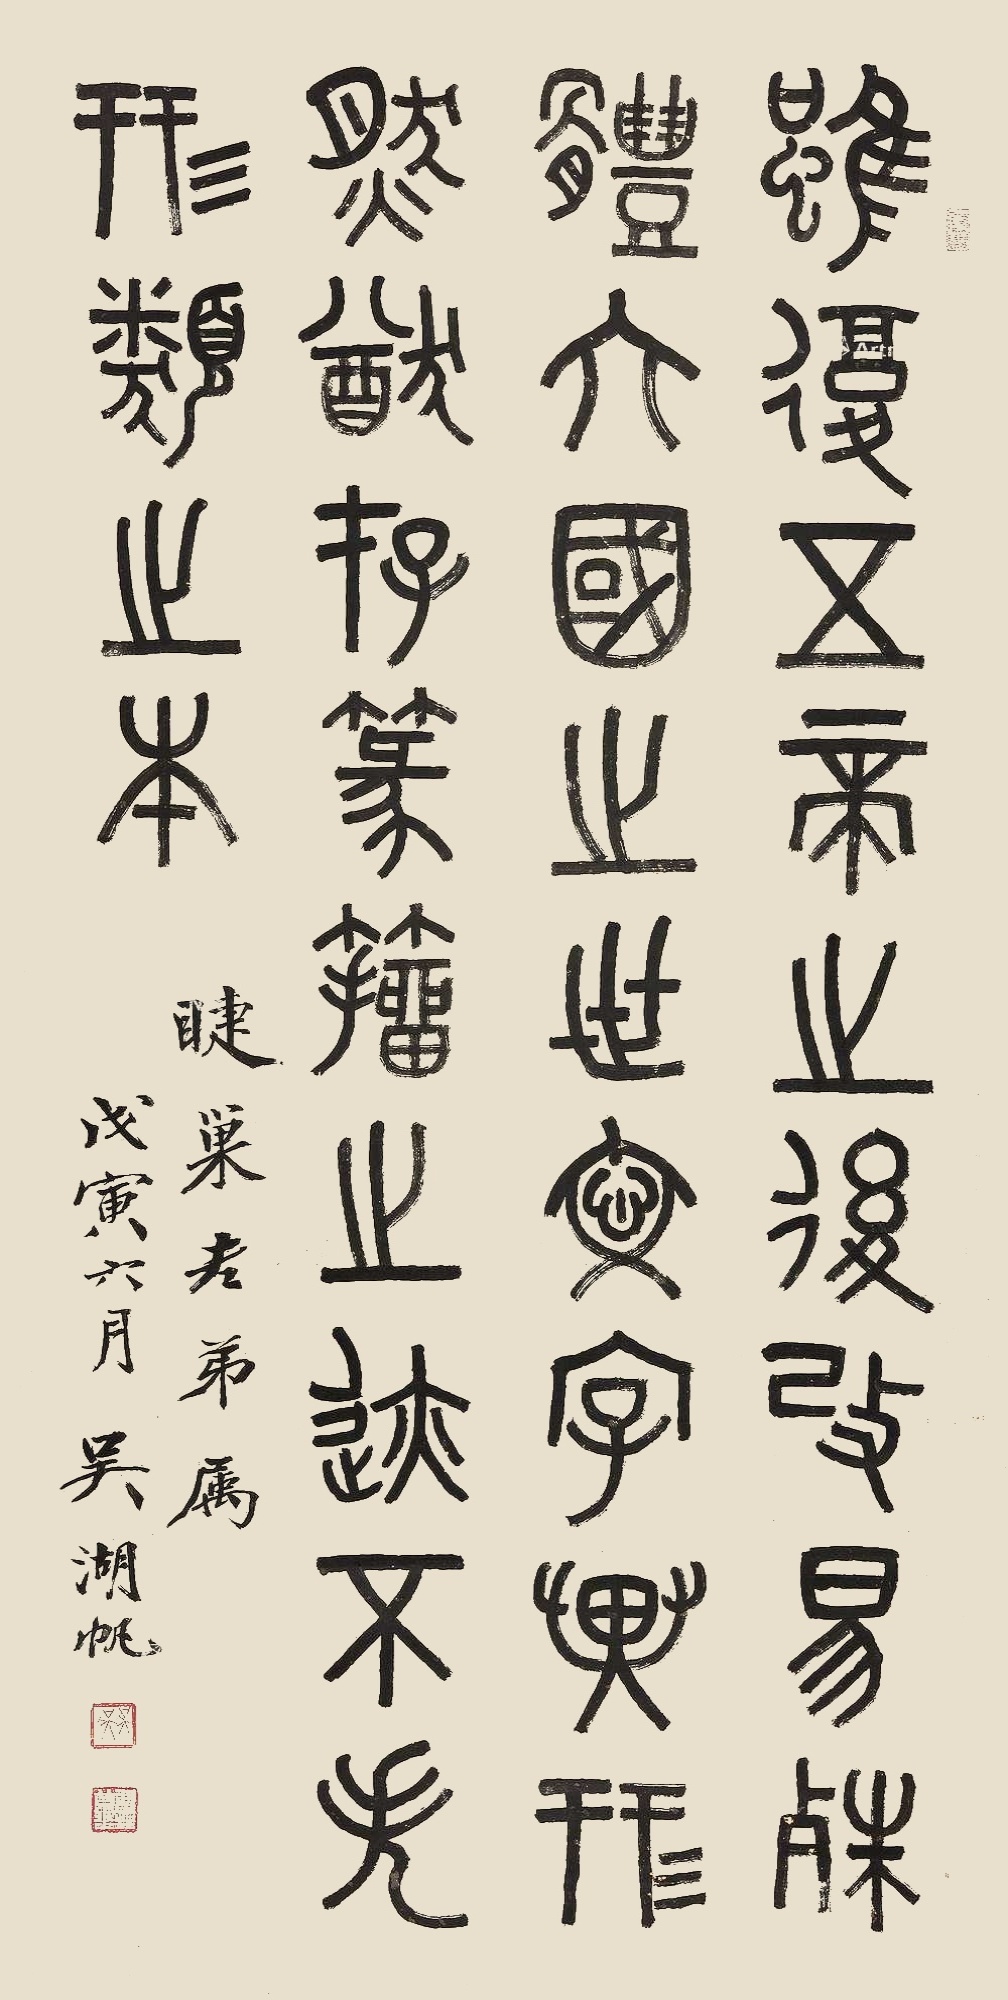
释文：虽复五帝之后，改易殊体，六国之世文字异形。然犹存篆籀之迹，不失形类之本。睫巢老弟属。戊寅六月吴湖帆。